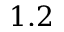
1 . 2